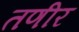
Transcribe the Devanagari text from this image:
तणीर